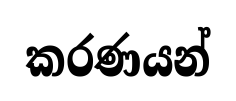
කරණයන්